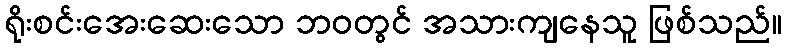
ရိုးစင်းအေးဆေးသော ဘဝတွင် အသားကျနေသူ ဖြစ်သည်။